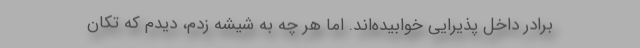
برادر داخل پذیرایی خوابیده‌اند. اما هر چه به شیشه زدم، دیدم که تکان